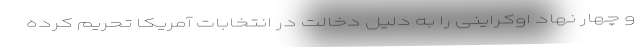
و چهار نهاد اوکراینی را به دلیل دخالت در انتخابات آمریکا تحریم کرده